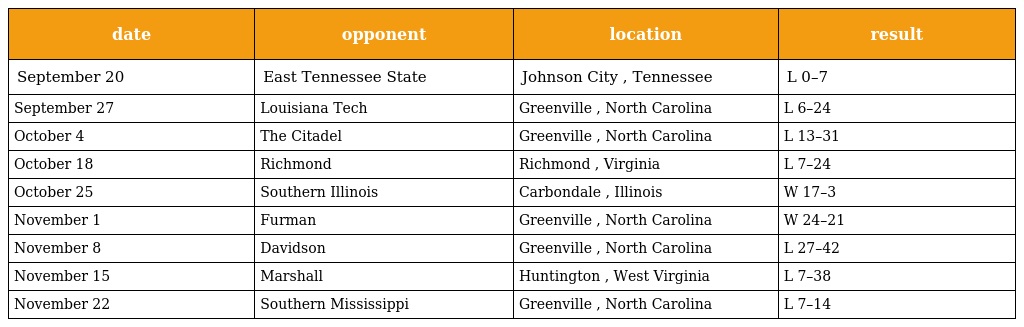
| date | opponent | location | result |
 | --- | --- | --- | --- |
 | September 20 | East Tennessee State | Johnson City , Tennessee | L 0–7 |
 | September 27 | Louisiana Tech | Greenville , North Carolina | L 6–24 |
 | October 4 | The Citadel | Greenville , North Carolina | L 13–31 |
 | October 18 | Richmond | Richmond , Virginia | L 7–24 |
 | October 25 | Southern Illinois | Carbondale , Illinois | W 17–3 |
 | November 1 | Furman | Greenville , North Carolina | W 24–21 |
 | November 8 | Davidson | Greenville , North Carolina | L 27–42 |
 | November 15 | Marshall | Huntington , West Virginia | L 7–38 |
 | November 22 | Southern Mississippi | Greenville , North Carolina | L 7–14 |